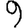
Digit: 9